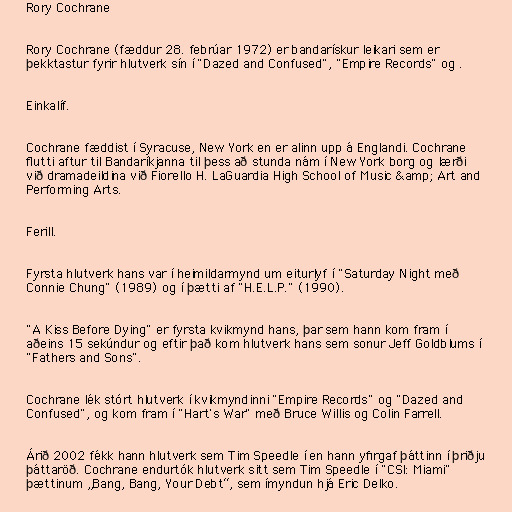
Rory Cochrane

Rory Cochrane (fæddur 28. febrúar 1972) er bandarískur leikari sem er
þekktastur fyrir hlutverk sín í "Dazed and Confused", "Empire Records" og .

Einkalíf.

Cochrane fæddist í Syracuse, New York en er alinn upp á Englandi. Cochrane
flutti aftur til Bandaríkjanna til þess að stunda nám í New York borg og lærði
við dramadeildina við Fiorello H. LaGuardia High School of Music &amp; Art and
Performing Arts.

Ferill.

Fyrsta hlutverk hans var í heimildarmynd um eiturlyf í "Saturday Night með
Connie Chung" (1989) og í þætti af "H.E.L.P." (1990).

"A Kiss Before Dying" er fyrsta kvikmynd hans, þar sem hann kom fram í
aðeins 15 sekúndur og eftir það kom hlutverk hans sem sonur Jeff Goldblums í
"Fathers and Sons".

Cochrane lék stórt hlutverk í kvikmyndinni "Empire Records" og "Dazed and
Confused", og kom fram í "Hart's War" með Bruce Willis og Colin Farrell.

Árið 2002 fékk hann hlutverk sem Tim Speedle í en hann yfirgaf þáttinn í þriðju
þáttaröð. Cochrane endurtók hlutverk sitt sem Tim Speedle í "CSI: Miami"
þættinum „Bang, Bang, Your Debt“, sem ímyndun hjá Eric Delko.